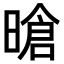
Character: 𪰻